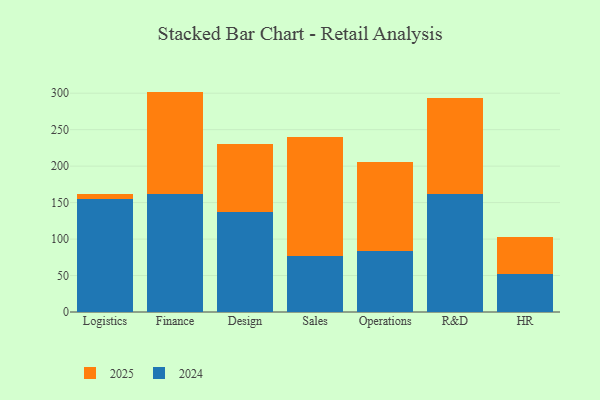
{"axis": {"x": "Department", "y": "Tickets Resolved"}, "legend": ["2024", "2025"], "data": [{"x": "Logistics", "y": 7.0, "type": "2025"}, {"x": "Logistics", "y": 154.8, "type": "2024"}, {"x": "Finance", "y": 140.5, "type": "2025"}, {"x": "Finance", "y": 161.7, "type": "2024"}, {"x": "Design", "y": 93.4, "type": "2025"}, {"x": "Design", "y": 136.9, "type": "2024"}, {"x": "Sales", "y": 163.1, "type": "2025"}, {"x": "Sales", "y": 76.7, "type": "2024"}, {"x": "Operations", "y": 121.7, "type": "2025"}, {"x": "Operations", "y": 84.0, "type": "2024"}, {"x": "R&D", "y": 131.4, "type": "2025"}, {"x": "R&D", "y": 162.0, "type": "2024"}, {"x": "HR", "y": 51.3, "type": "2025"}, {"x": "HR", "y": 51.9, "type": "2024"}]}